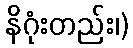
နိဂုံးတည်း၊)